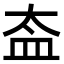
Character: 盇